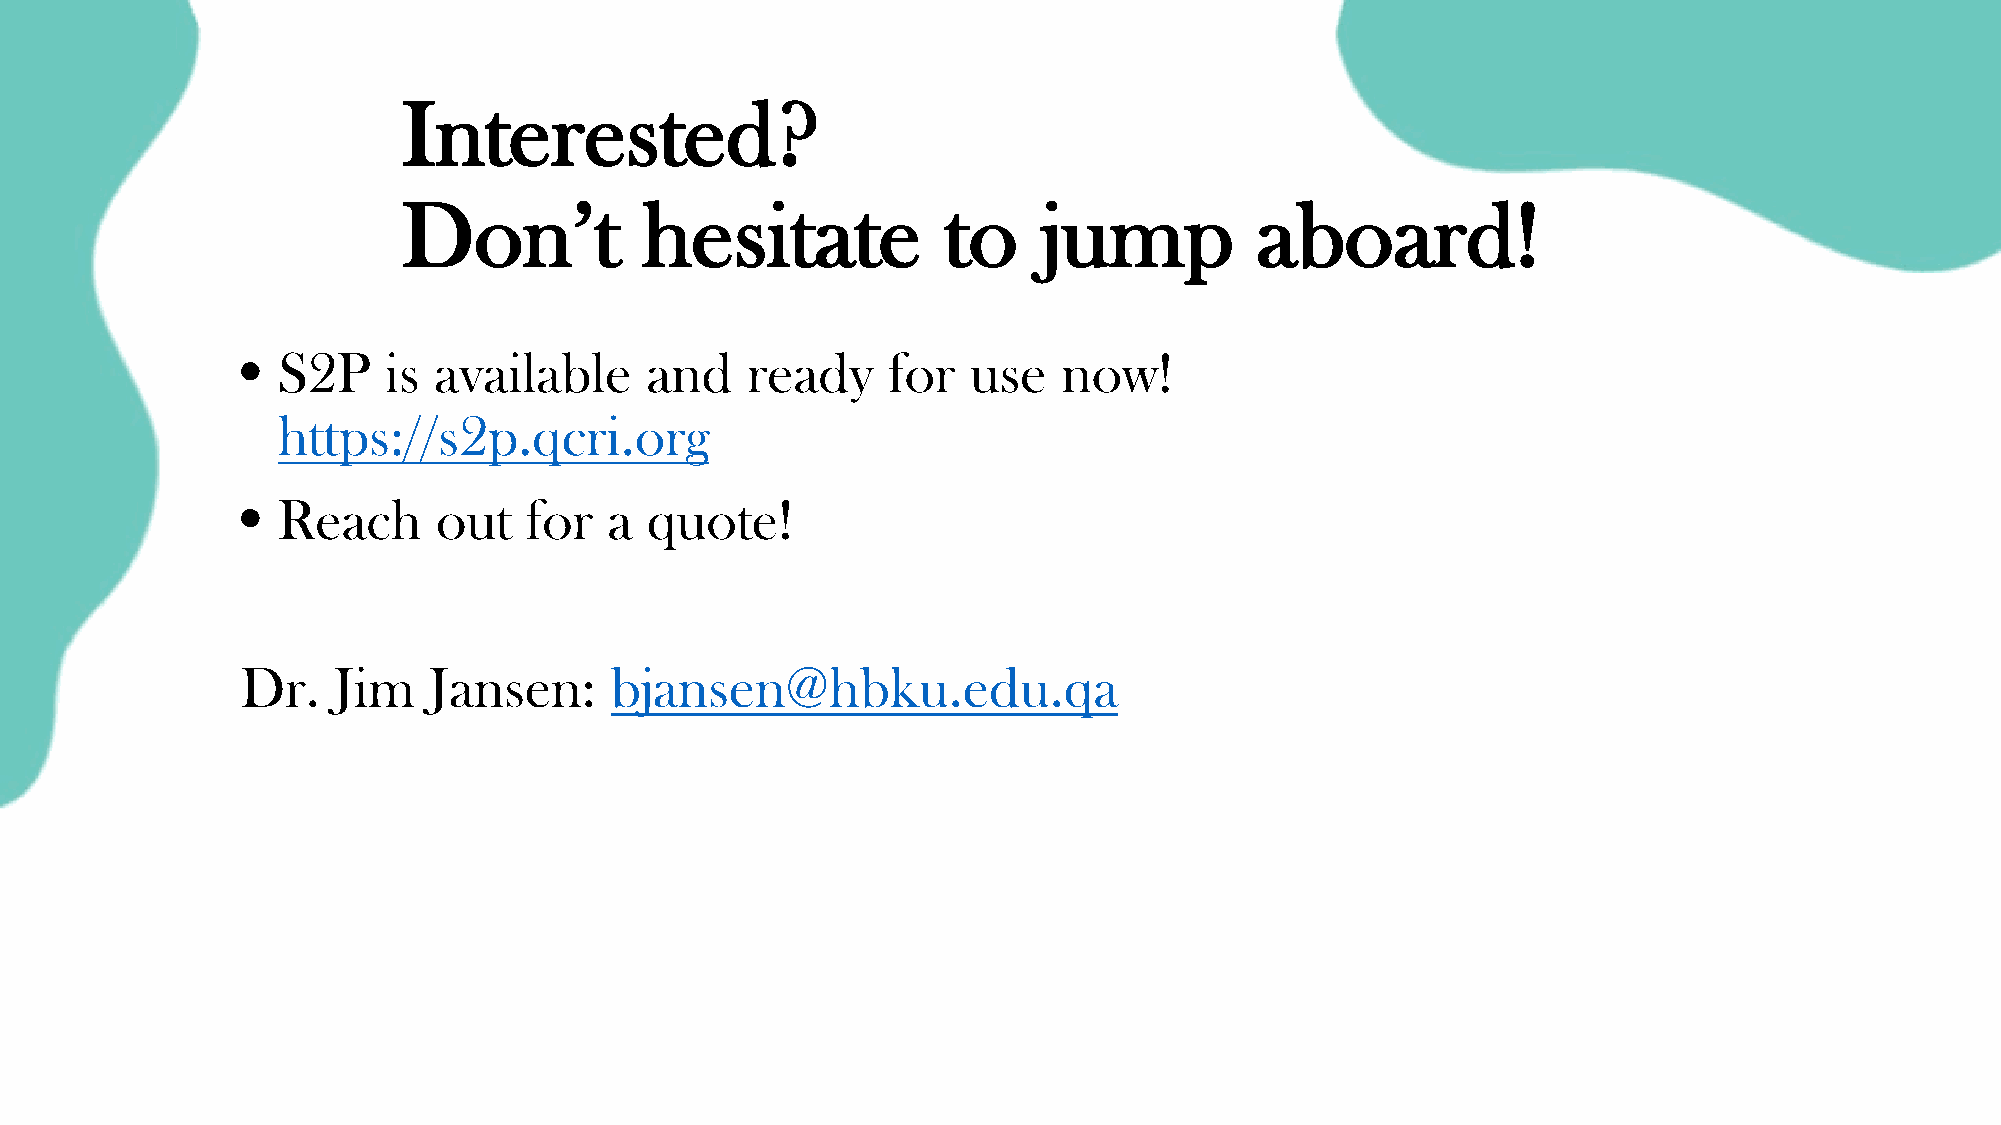
Interested?
 Don’t           hesitate           to     jump          aboard!
 • S2P    is  available     and   ready     for  use   now!
 https://s2p.qcri.org
 • Reach      out   for  a  quote!
 Dr.   Jim   Jansen:     bjansen@hbku.edu.qa